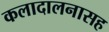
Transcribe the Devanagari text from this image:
कलादालनासह